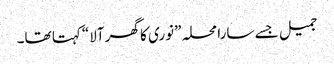
جمیل جسے سارا محلہ ”نوری کا گھر آلا“کہتا تھا۔